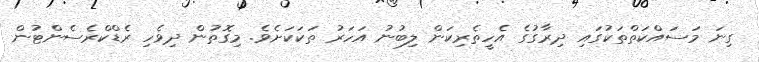
ގިނަ މަސައްކަތްތަކުގައި ދިރާގުގެ އެހީތެރިކަން ލިބުނު އަހަރު ތަކަކަށެވެ. މިގޮތުން ދިވެހި ރެޑްކްރެސެންޓުން